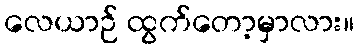
လေယာဉ် ထွက်တော့မှာလား။